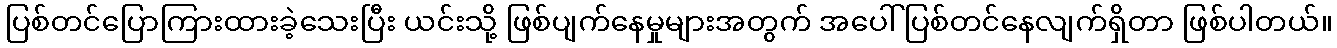
ပြစ်တင်ပြောကြားထားခဲ့သေးပြီး ယင်းသို့ ဖြစ်ပျက်နေမှုများအတွက် အပေါ် ပြစ်တင်နေလျက်ရှိတာ ဖြစ်ပါတယ်။